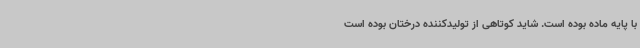
با پایه ماده بوده است. شاید کوتاهی از تولیدکننده درختان بوده است